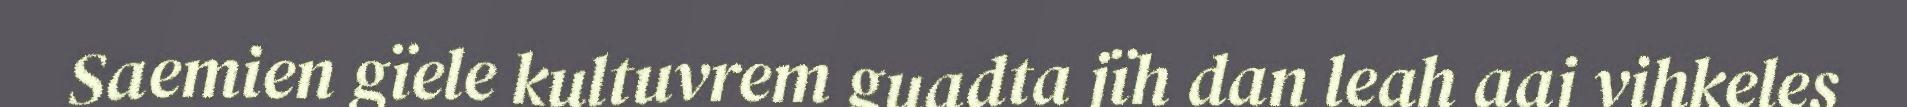
Saemien gïele kultuvrem guadta jïh dan leah aaj vihkeles